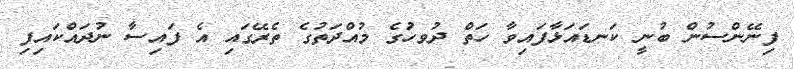
ފިނޭންސުން ބުނީ ކަނޑައަޅާފައިވާ ހަތް ދުވހަުގެ މުއްދަތުގެ ތެރޭގައި އެ ފައިސާ ނުދައްކައިފި